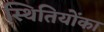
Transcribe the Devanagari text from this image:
स्थितियोंका